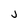
Character: J